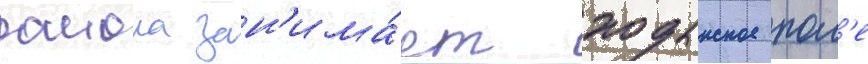
раиона зан'има́ет ходынское пол'е